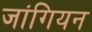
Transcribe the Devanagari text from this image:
जांगियन